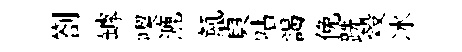
劄罅喫漉氲貞呫謁俛跣榖冰